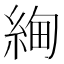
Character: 𬗚